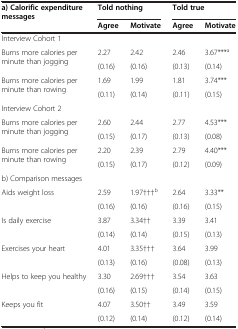
| <ROWSPAN=2> a) Calorific expenditure messages | <COLSPAN=2> Told nothing | <COLSPAN=2> Told true |
 | Agree | Motivate | Agree | Motivate |
 | --- | --- | --- | --- | --- |
 | Interview Cohort 1 |  |  |  |  |
 | Burns more calories per minute than jogging | 2.27 | 2.42 | 2.46 | 3.67***a |
 |  | (0.16) | (0.16) | (0.13) | (0.14) |
 | Burns more calories per minute than rowing | 1.69 | 1.99 | 1.81 | 3.74*** |
 |  | (0.11) | (0.14) | (0.11) | (0.15) |
 | <COLSPAN=5> Interview Cohort 2 |
 | Burns more calories per minute than jogging | 2.60 | 2.44 | 2.77 | 4.53*** |
 |  | (0.15) | (0.17) | (0.13) | (0.08) |
 | Burns more calories per minute than rowing | 2.20 | 2.39 | 2.79 | 4.40*** |
 |  | (0.15) | (0.17) | (0.12) | (0.09) |
 | <COLSPAN=5> b) Comparison messages |
 | Aids weight loss | 2.59 | 1.97†††b | 2.64 | 3.33** |
 |  | (0.16) | (0.16) | (0.16) | (0.15) |
 | Is daily exercise | 3.87 | 3.34†† | 3.39 | 3.41 |
 |  | (0.14) | (0.14) | (0.15) | (0.13) |
 | Exercises your heart | 4.01 | 3.35††† | 3.64 | 3.99 |
 |  | (0.13) | (0.16) | (0.08) | (0.13) |
 | Helps to keep you healthy | 3.30 | 2.69††† | 3.54 | 3.63 |
 |  | (0.16) | (0.15) | (0.14) | (0.15) |
 | Keeps you fit | 4.07 | 3.50†† | 3.49 | 3.59 |
 |  | (0.12) | (0.14) | (0.12) | (0.14) |